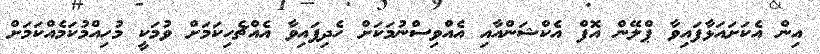
އިން އެކަށައަޅާފައިވާ ޕްލޭން އޮފް އެކްޝަންއާއި އެއްވިސްނުމަކަށް ހެދިފައިވާ އެއްޗެހިކަމަށް ވުމަކީ މުހިއްމުކަމެއްކަމަށް